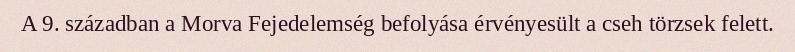
A 9. században a Morva Fejedelemség befolyása érvényesült a cseh törzsek felett.